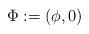
LaTeX: \begin{align*}\Phi:=(\phi,0)\end{align*}